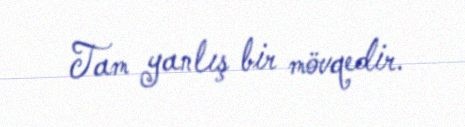
Tam yanlış bir mövqedir.